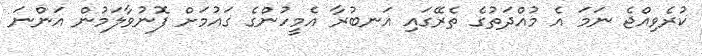
ކުރެވިއްޖެ ނަމަ އެ މުއްދަތުގެ ތެރޭގައި އަނބުރާ އެމީހުންގެ ގައުމަށް ފޮނުވާލަމުން އަންނަ